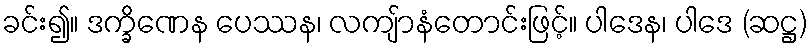
ခင်း၍။ ဒက္ခိဏေန ပေဿန၊ လကျ်ာနံတောင်းဖြင့်။ ပါဒေန၊ ပါဒေ (ဆဋ္ဌ)